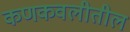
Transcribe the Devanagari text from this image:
कणकवलीतील